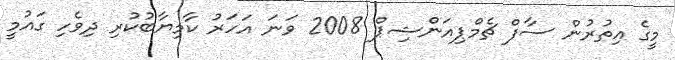
މީގެ އިތުރުން ސާފް ޗެމްޕިއަންޝިޕް 2008 ވަނަ އަހަރު ކާމިޔާބުކުރި ދިވެހި ގައުމީ